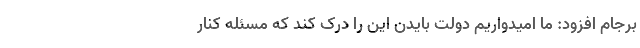
برجام افزود: ما امیدواریم دولت بایدن این را درک کند که مسئله کنار